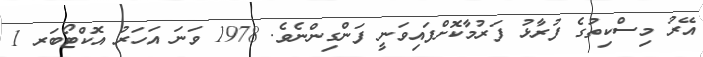
އޭރު މިސްކިތުގެ ފުރާޅު ފަރުމާކޮށްފައިވަނީ ފަންގިންނެވެ. 1978 ވަނަ އަހަރު އޮކްޓޯބަރ 1